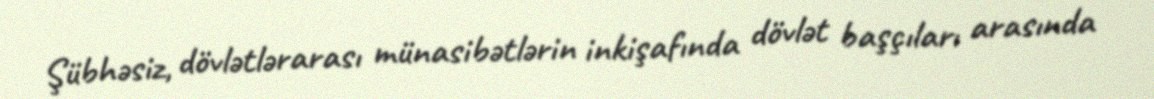
Şübhəsiz, dövlətlərarası münasibətlərin inkişafında dövlət başçıları arasında